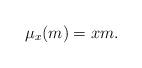
LaTeX: \begin{align*}\mu_x(m)=xm.\end{align*}